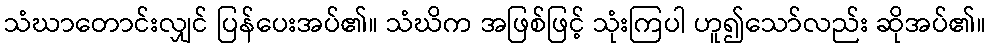
သံဃာတောင်းလျှင် ပြန်ပေးအပ်၏။ သံဃိက အဖြစ်ဖြင့် သုံးကြပါ ဟူ၍သော်လည်း ဆိုအပ်၏။